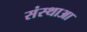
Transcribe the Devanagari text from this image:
संस्थाआ